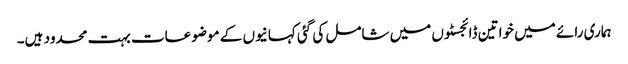
ہماری رائے میں خواتین ڈائجسٹوں میں شامل کی گئی کہانیوں کے موضوعات بہت محدود ہیں۔